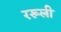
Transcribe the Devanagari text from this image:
ररूली